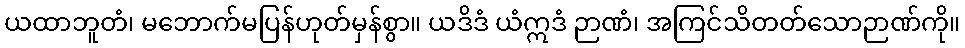
ယထာဘူတံ၊ မဘောက်မပြန်ဟုတ်မှန်စွာ။ ယဒိဒံ ယံဣဒံ ဉာဏံ၊ အကြင်သိတတ်သောဉာဏ်ကို။